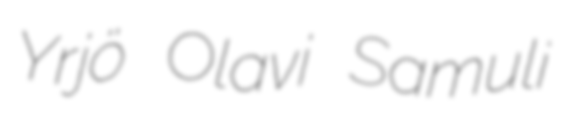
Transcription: Yrjö Olavi Samuli